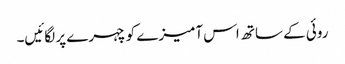
روئی کے ساتھ اس آمیزے کو چہرے پر لگائیں۔